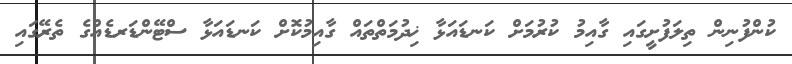
ކުންފުނިން ތިލަފުށީގައި ގާއިމު ކުރުމަށް ކަނޑައަޅާ ޚިދުމަތްތައް ގާއިމުކޮށް ކަނޑައަޅާ ސްޓޭންޑަރޑެއްގެ ތެރޭގައި